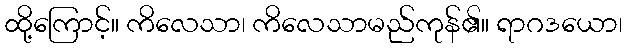
ထို့ကြောင့်။ ကိလေသာ၊ ကိလေသာမည်ကုန်၏။ ရာဂဒယော၊